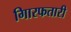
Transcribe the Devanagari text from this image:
गिारफतारी